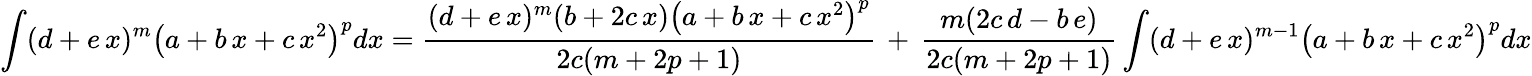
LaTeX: \int(d+e\, x)^{m}\left(a+b\, x+c\, x^{2}\right)^{p}dx={\frac{(d+e\, x)^{m}(b+2c\, x)\left(a+b\, x+c\, x^{2}\right)^{p}}{2c(m+2p+1)}}\, +\, {\frac{m(2c\, d-b\, e)}{2c(m+2p+1)}}\int(d+e\, x)^{m-1}\left(a+b\, x+c\, x^{2}\right)^{p}dx